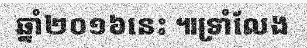
ឆ្នាំ២០១៦នេះ ៕ទ្រាំលែង